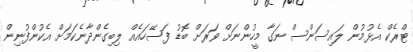
ޓްރެކް އެޅުމުން ލައިސަންސް ނަގާ މީހުންނަށް ވަރަށް ބޮޑު ފަސޭހައެއް ލިބިގެންދާނެކަމަށް އެކުންފުނިން